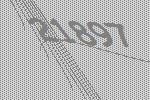
21897